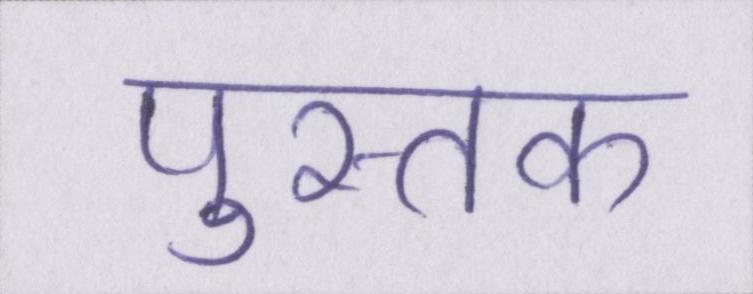
पुस्तक